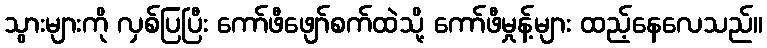
သွားများကို လှစ်ပြပြီး ကော်ဖီဖျော်စက်ထဲသို့ ကော်ဖီမှုန့်များ ထည့်နေလေသည်။